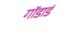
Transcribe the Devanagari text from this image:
गॉडार्ड